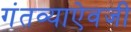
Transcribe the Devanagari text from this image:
गंतव्याऐवजी